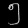
Digit: ၅